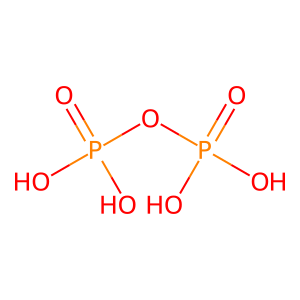
SMILES: O=P(O)(O)OP(=O)(O)O
Inhibits HIV replication: Yes